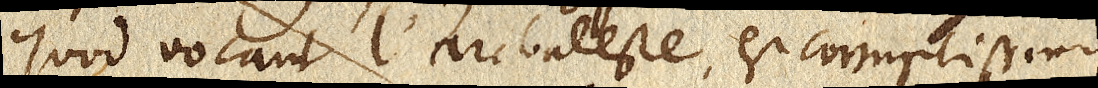
quod vocant l’arcbaleste, est corruptissimus.